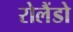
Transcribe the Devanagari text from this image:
रोलैंडो